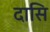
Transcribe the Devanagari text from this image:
दासि